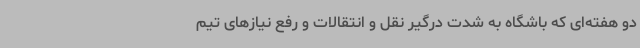
دو هفته‌ای که باشگاه به شدت درگیر نقل و انتقالات و رفع نیازهای تیم